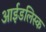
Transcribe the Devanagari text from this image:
आईडलिस्क